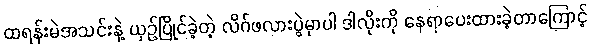
ထရန်းမဲအသင်းနဲ့ ယှဥ်ပြိုင်ခဲ့တဲ့ လိဂ်ဖလားပွဲမှာပါ ဒါလိုးကို နေရာပေးထားခဲ့တာကြောင့်